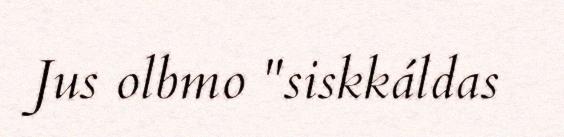
Jus olbmo "siskkáldas